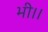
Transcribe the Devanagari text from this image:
भी।।